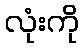
လုံးကို